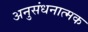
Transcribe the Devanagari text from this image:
अनुसंधनात्मक